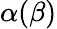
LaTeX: \alpha(\beta)